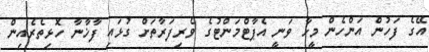
އޭގެ ފަހުން އަންހެން މީހާ ވަނީ އެޕާޓްމަންޓުގެ ވެރިފަރާތަށް ގުޅައި ފާޚާނާ ހޮޅިތެރެއިން